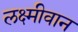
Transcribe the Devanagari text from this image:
लक्ष्मीवान